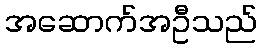
အဆောက်အဦသည်